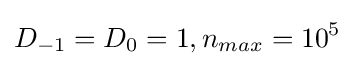
D_{-1}=D_{0}=1,n_{max}=10^{5}